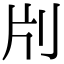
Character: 𠛁